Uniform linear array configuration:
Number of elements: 4
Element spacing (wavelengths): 0.75
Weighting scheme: hann
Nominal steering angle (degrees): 45
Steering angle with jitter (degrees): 44.576
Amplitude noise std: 0.05
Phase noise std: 0.05

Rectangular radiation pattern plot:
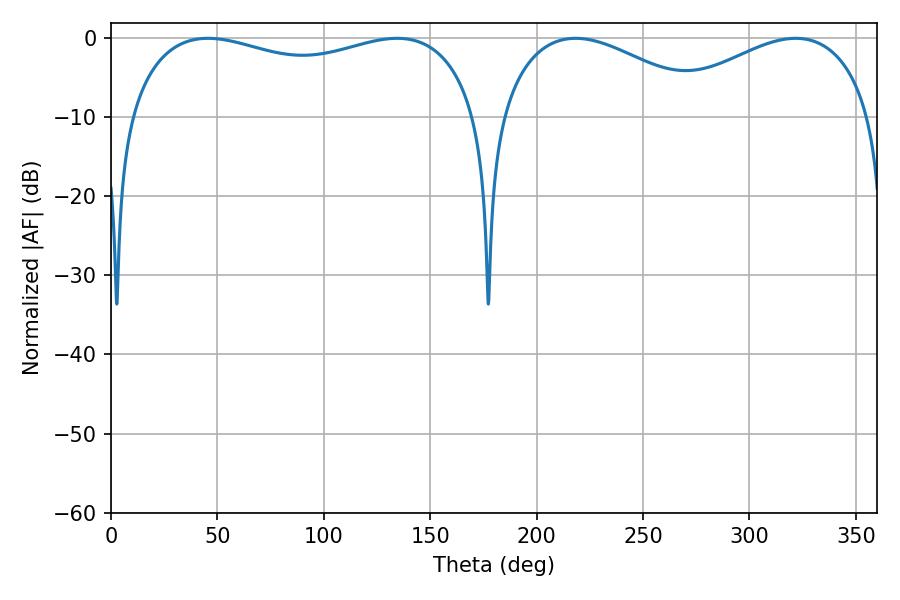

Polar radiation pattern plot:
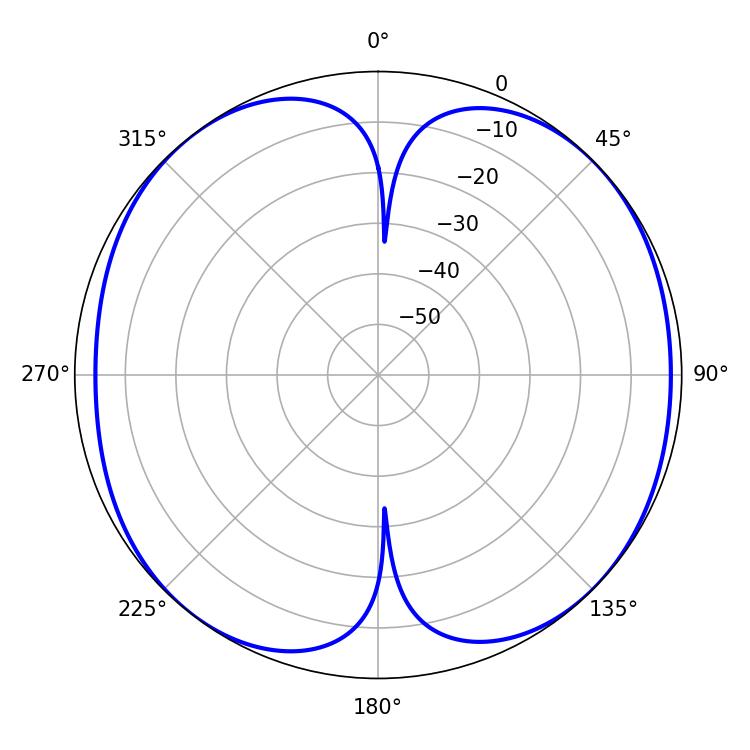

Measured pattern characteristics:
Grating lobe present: TRUE
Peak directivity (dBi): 10.122
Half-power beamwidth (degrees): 135
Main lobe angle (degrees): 45.54